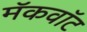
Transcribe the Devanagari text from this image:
मॅकवॉट